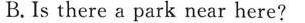
B.Is there a park near here?